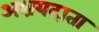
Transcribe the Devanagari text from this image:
अश्रयदाता